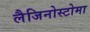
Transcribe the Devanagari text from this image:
लैजिनोस्टोमा